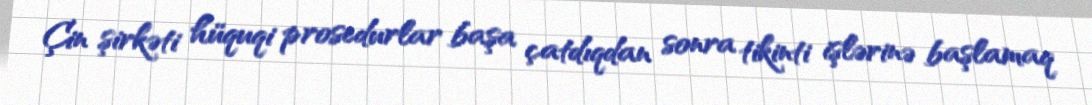
Çin şirkəti hüquqi prosedurlar başa çatdıqdan sonra tikinti işlərinə başlamaq